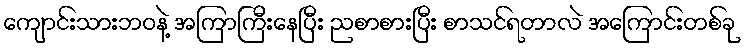
ကျောင်းသားဘဝနဲ့ အကြာကြီးနေပြီး ညစာစားပြီး စာသင်ရတာလဲ အကြောင်းတစ်ခု